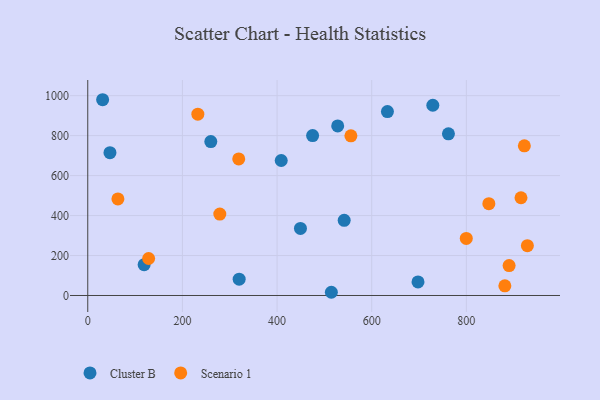
{"axis": {"x": "Investment", "y": "Fuel Efficiency"}, "legend": ["Cluster B", "Scenario 1"], "data": [{"x": "319.9", "y": 81.5, "type": "Cluster B"}, {"x": "449.4", "y": 335.5, "type": "Cluster B"}, {"x": "31.4", "y": 979.6, "type": "Cluster B"}, {"x": "119.1", "y": 154.1, "type": "Cluster B"}, {"x": "633.2", "y": 920.2, "type": "Cluster B"}, {"x": "475.1", "y": 800.3, "type": "Cluster B"}, {"x": "729.1", "y": 952.0, "type": "Cluster B"}, {"x": "762.1", "y": 808.8, "type": "Cluster B"}, {"x": "528.1", "y": 848.4, "type": "Cluster B"}, {"x": "697.8", "y": 67.7, "type": "Cluster B"}, {"x": "46.9", "y": 714.7, "type": "Cluster B"}, {"x": "408.8", "y": 675.6, "type": "Cluster B"}, {"x": "514.7", "y": 16.1, "type": "Cluster B"}, {"x": "541.8", "y": 376.3, "type": "Cluster B"}, {"x": "260.0", "y": 770.4, "type": "Cluster B"}, {"x": "799.8", "y": 285.7, "type": "Scenario 1"}, {"x": "847.5", "y": 459.4, "type": "Scenario 1"}, {"x": "922.5", "y": 748.9, "type": "Scenario 1"}, {"x": "279.0", "y": 407.2, "type": "Scenario 1"}, {"x": "890.3", "y": 149.8, "type": "Scenario 1"}, {"x": "319.0", "y": 683.4, "type": "Scenario 1"}, {"x": "556.0", "y": 798.9, "type": "Scenario 1"}, {"x": "915.4", "y": 489.1, "type": "Scenario 1"}, {"x": "63.7", "y": 483.1, "type": "Scenario 1"}, {"x": "128.6", "y": 185.2, "type": "Scenario 1"}, {"x": "928.9", "y": 249.2, "type": "Scenario 1"}, {"x": "232.6", "y": 907.3, "type": "Scenario 1"}, {"x": "881.3", "y": 48.2, "type": "Scenario 1"}]}